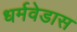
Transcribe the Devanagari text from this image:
धर्मवेडास